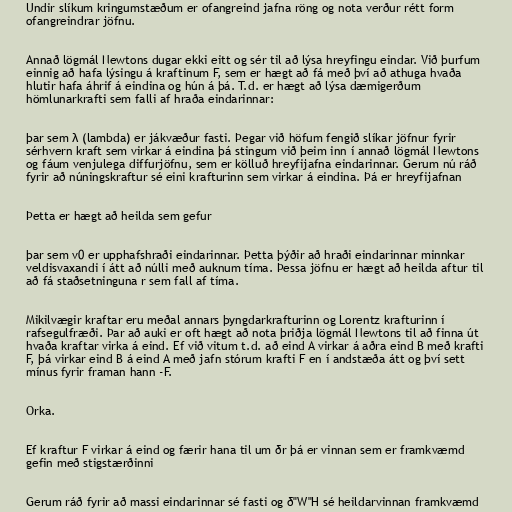
Undir slíkum kringumstæðum er ofangreind jafna röng og nota verður rétt form
ofangreindrar jöfnu.

Annað lögmál Newtons dugar ekki eitt og sér til að lýsa hreyfingu eindar. Við þurfum
einnig að hafa lýsingu á kraftinum F, sem er hægt að fá með því að athuga hvaða
hlutir hafa áhrif á eindina og hún á þá. T.d. er hægt að lýsa dæmigerðum
hömlunarkrafti sem falli af hraða eindarinnar:

þar sem λ (lambda) er jákvæður fasti. Þegar við höfum fengið slíkar jöfnur fyrir
sérhvern kraft sem virkar á eindina þá stingum við þeim inn í annað lögmál Newtons
og fáum venjulega diffurjöfnu, sem er kölluð hreyfijafna eindarinnar. Gerum nú ráð
fyrir að núningskraftur sé eini krafturinn sem virkar á eindina. Þá er hreyfijafnan

Þetta er hægt að heilda sem gefur

þar sem v0 er upphafshraði eindarinnar. Þetta þýðir að hraði eindarinnar minnkar
veldisvaxandi í átt að núlli með auknum tíma. Þessa jöfnu er hægt að heilda aftur til
að fá staðsetninguna r sem fall af tíma.

Mikilvægir kraftar eru meðal annars þyngdarkrafturinn og Lorentz krafturinn í
rafsegulfræði. Þar að auki er oft hægt að nota þriðja lögmál Newtons til að finna út
hvaða kraftar virka á eind. Ef við vitum t.d. að eind A virkar á aðra eind B með krafti
F, þá virkar eind B á eind A með jafn stórum krafti F en í andstæða átt og því sett
mínus fyrir framan hann -F.

Orka.

Ef kraftur F virkar á eind og færir hana til um δr þá er vinnan sem er framkvæmd
gefin með stigstærðinni

Gerum ráð fyrir að massi eindarinnar sé fasti og δ"W"H sé heildarvinnan framkvæmd